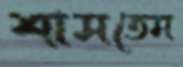
শাসতেম